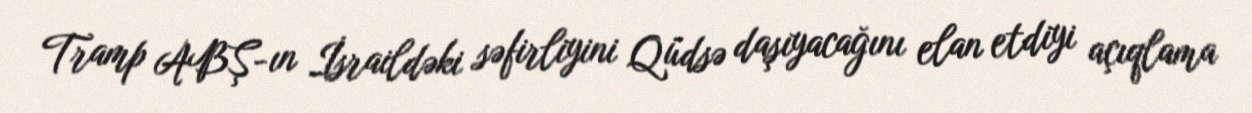
Tramp ABŞ-ın İsraildəki səfirliyini Qüdsə daşıyacağını elan etdiyi açıqlama